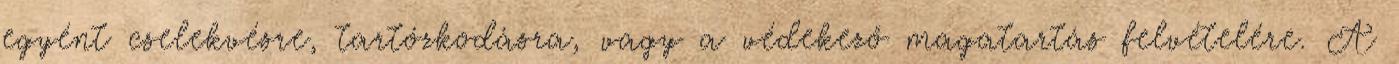
egyént cselekvésre, tartózkodásra, vagy a védekező magatartás felvételére. A